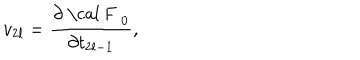
v _ { 2 l } = \frac { \partial \mathrm { ~ \cal ~ F ~ } _ { 0 } } { \partial t _ { 2 l - 1 } } ,